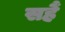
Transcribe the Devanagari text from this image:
सहैं